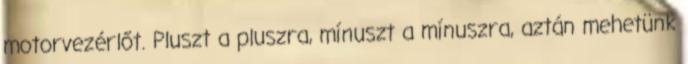
motorvezérlőt. Pluszt a pluszra, mínuszt a mínuszra, aztán mehetünk